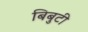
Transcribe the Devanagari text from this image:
बिबुटी